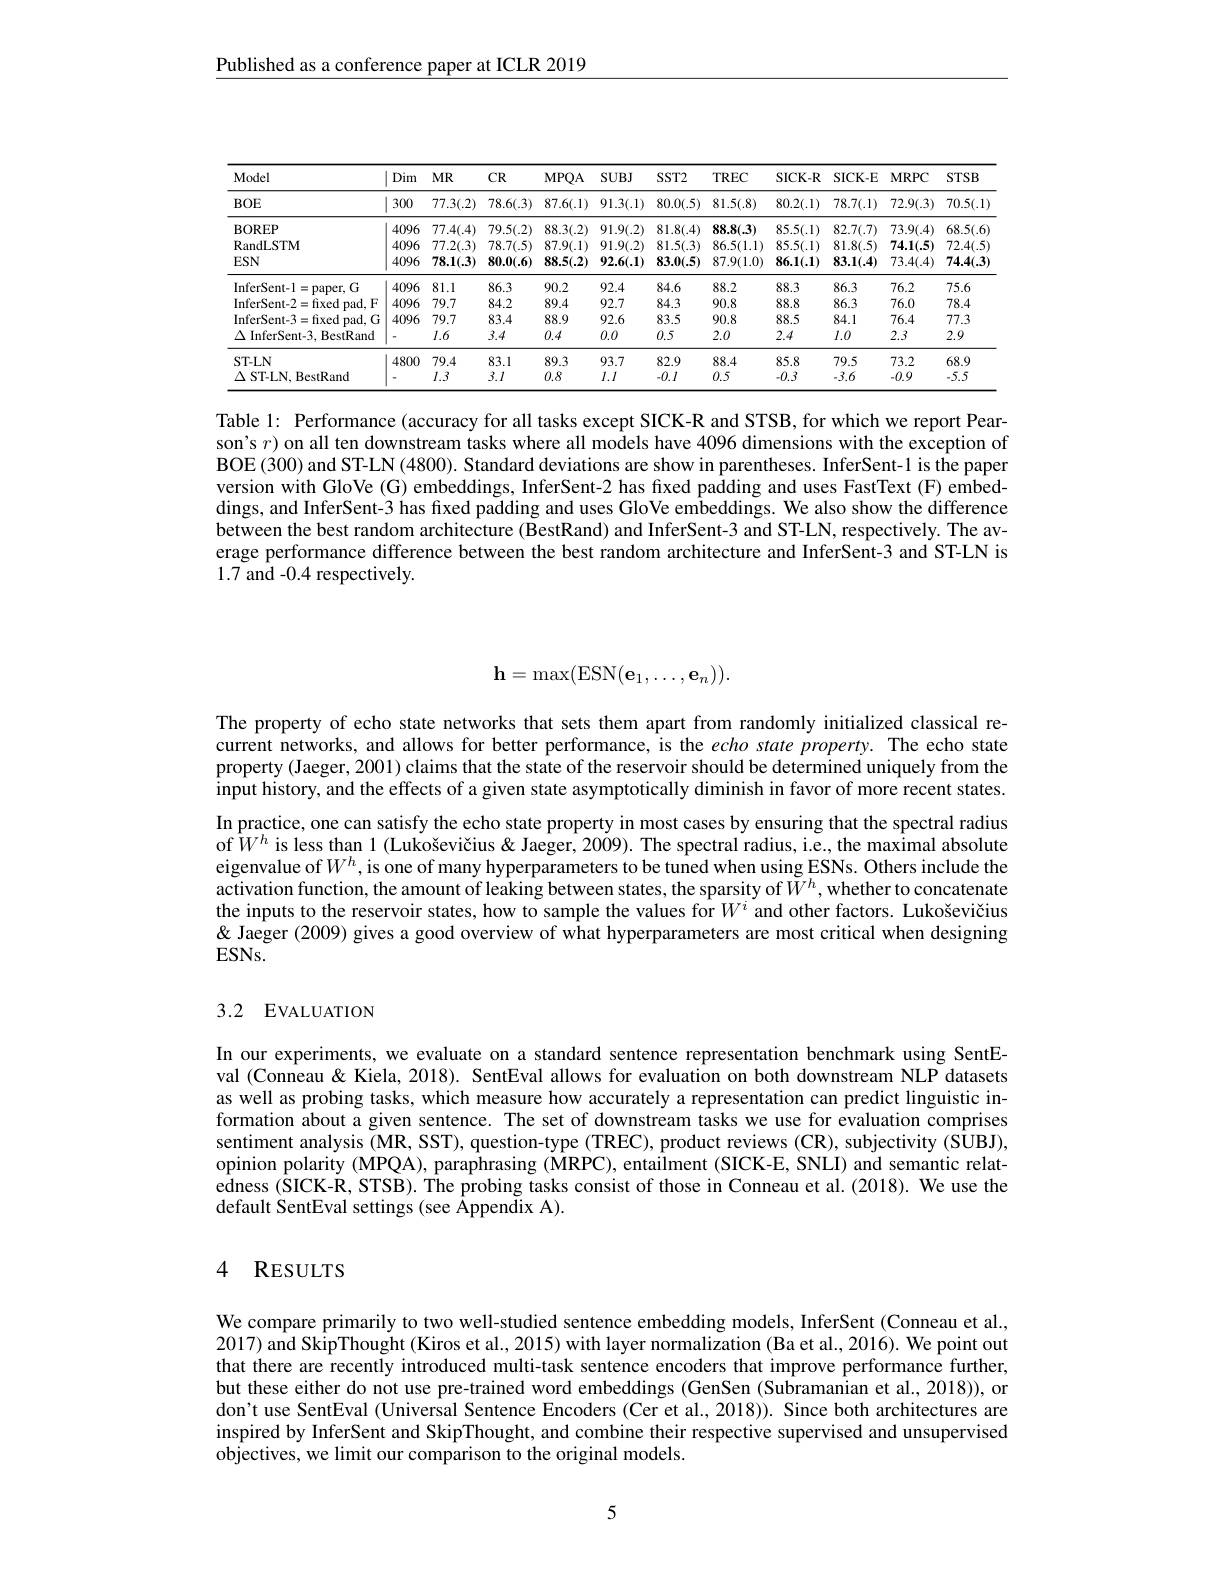
Published as a conference paper at ICLR 2019

<table>
	<tbody>
		<tr>
			<th>Model</th>
			<th>Dim</th>
			<th>$MR$</th>
			<th>$CR$</th>
			<th>$MPQA$</th>
			<th>$SUBJ$</th>
			<th>$SST2$</th>
			<th>$TREC$</th>
			<th>SICK- R</th>
			<th>SICK-E</th>
			<th>MRPC</th>
			<th>$STSB$</th>
		</tr>
		<tr>
			<td>$BOE$</td>
			<td>300</td>
			<td>77.3(.2)</td>
			<td>78.6(.3)</td>
			<td>87.6(.1)</td>
			<td>91.3(.1)</td>
			<td>80.0(.5)</td>
			<td>81.5(.8)</td>
			<td>80.2(.1)</td>
			<td>78.7(.1)</td>
			<td>72.9(.3)</td>
			<td>70.5(.1</td>
		</tr>
		<tr>
			<td>BOREP</td>
			<td>4096</td>
			<td>77.4(.4)</td>
			<td>79.5(.2)</td>
			<td>88.3(.2) 1</td>
			<td>91.9(.2)</td>
			<td>81.8(.4)</td>
			<td>88.8(3)</td>
			<td>85.5(.1)</td>
			<td>82.7(.7)</td>
			<td>73.9(.4)</td>
			<td>68.5(.6)</td>
		</tr>
		<tr>
			<td>RandLSTM</td>
			<td>4096</td>
			<td>77.2(.3)</td>
			<td>78.7(.5)</td>
			<td>87.9(.1) </td>
			<td>91.9(.2)</td>
			<td>81.5(.3)</td>
			<td>86.5(1.1)</td>
			<td>85.5(.1)</td>
			<td>81.8(.5)</td>
			<td>74.1(.5)</td>
			<td>72.4(.5</td>
		</tr>
		<tr>
			<td>$ESN$</td>
			<td>4096</td>
			<td>78.1(.3)</td>
			<td>80.0(.6)</td>
			<td>88.5(.2)</td>
			<td>92.6(.1)</td>
			<td>83.0(.5)</td>
			<td>87.9(1.0)</td>
			<td>86.1(.1)</td>
			<td>83.1(.4)</td>
			<td>73.4(.4)</td>
			<td>74.4(3</td>
		</tr>
		<tr>
			<td>InferSent-l=paper, G</td>
			<td>4096</td>
			<td>81.1</td>
			<td>86.3</td>
			<td>90.2</td>
			<td>92.4</td>
			<td>84.6</td>
			<td>88.2</td>
			<td>88.3</td>
			<td>86.3</td>
			<td>76.2</td>
			<td>75.6</td>
		</tr>
		<tr>
			<td>InferSent-2=fixedpad,F</td>
			<td>4096</td>
			<td>79.7</td>
			<td>84.2</td>
			<td>89.4</td>
			<td>92.7</td>
			<td>84.3</td>
			<td>90.8</td>
			<td>88.8</td>
			<td>86.3</td>
			<td>76.0</td>
			<td>78.4</td>
		</tr>
		<tr>
			<td>InferSent-3=fixed pad, G</td>
			<td>4096</td>
			<td>79.7</td>
			<td>83.4</td>
			<td>88.9</td>
			<td>92.6</td>
			<td>83.5</td>
			<td>90.8</td>
			<td>88.5</td>
			<td>84.1</td>
			<td>76.4</td>
			<td>77.3</td>
		</tr>
		<tr>
			<td>$\Delta$ InferSent-3, BestRand</td>
			<td> </td>
			<td>$l.6$</td>
			<td>3.4</td>
			<td>0.4</td>
			<td>0.0</td>
			<td>0.5</td>
			<td>2.0</td>
			<td>2.4</td>
			<td>$l.0$</td>
			<td>2.3</td>
			<td>2.9</td>
		</tr>
		<tr>
			<td>ST-LN</td>
			<td>4800</td>
			<td>79.4</td>
			<td>83.1</td>
			<td>89.3</td>
			<td>93.7</td>
			<td>82.9</td>
			<td>88.4</td>
			<td>85.8</td>
			<td>79.5</td>
			<td>73.2</td>
			<td>68.9</td>
		</tr>
		<tr>
			<td>$\Delta$ ST-LN, BestRand</td>
			<td> </td>
			<td>$l.3$</td>
			<td>3.1</td>
			<td>0.8</td>
			<td>$l.I$</td>
			<td>-0.1</td>
			<td>0.5</td>
			<td>-0.3</td>
			<td>-3.6</td>
			<td>-0.9</td>
			<td>-5.5</td>
		</tr>
	</tbody>
</table>

Table l: Performance (accuracy for all tasks except SICK-R and STSB, for which we report Pearson's $r)$ on all ten downstream tasks where all models have 4096 dimensions with the exception of BOE (300) and ST-LN (4800). Standard deviations are show in parentheses. InferSent-1 is the paper version with GloVe (G) embeddings, InferSent-2 has fixed padding and uses FastText (F) embeddings, and InferSent-3 has fixed padding and uses GloVe embeddings. We also show the difference between the best random architecture (BestRand) and InferSent-3 and ST-LN, respectively. The average performance difference between the best random architecture and InferSent-3 and ST-LN is 1.7 and -0.4 respectively.
$$\mathbf{h}=\max(\mathrm{ESN}(\mathbf{e}_{1},\ldots,\mathbf{e}_{n})).$$
The property of echo state networks that sets them apart from randomly initialized classical recurrent networks, and allows for better performance, is the echo state property. The echo state property (Jaeger, 2001) claims that the state of the reservoir should be determined uniquely from the input history, and the effects of a given state asymptotically diminish in favor of more recent states. In practice, one can satisfy the echo state property in most cases by ensuring that the spectral radius of$\hat{W}^h$ is less than 1 (Lukoševičius & Jaeger, 2009). The spectral radius, i.e, the maximal absolute eigenvalue of$W^h$, is one of many hyperparameters to be tuned when using ESNs. Others include the activation function, the amount of leaking between states, the sparsity of $\tilde{W}^h$, whether to concatenate the inputs to the reservoir states, how to sample the values for $W^i$ and other factors. Lukoševičius & 'aeger (2009) gives a good overview of what hyperparameters are most critical when designing $ESNs.$

## 3.2 EVALUATION

In our experiments, we evaluate on a standard sentence representation benchmark using SentEval (Conneau & Kiela, 2018). SentEval allows for evaluation on both downstream NLP datasets as well as probing tasks, which measure how accurately a representation can predict linguistic information about a given sentence. The set of downstream tasks we use for evaluation comprises sentiment analysis (MR, SST), question-type (TREC), product reviews (CR), subjectivity (SUBJ), opinion polarity (MPQA), paraphrasing (MRPC), entailment (SICK-E, SNLI) and semantic relatedness (SICK-R, STSB). The probing tasks consist of those in Conneau et al. (2018). We use the default SentEval settings (see Appendix A).

### 4 RESULTS

We compare primarily to two well-studied sentence embedding models, InferSent (Conneau et al., 2017) and SkipThought (Kiros et al., 2015) with layer normalization (Ba et al., 2016). We point out that there are recently introduced multi-task sentence encoders that improve performance further, but these either do not use pre-trained word embeddings (GenSen (Subramanian et al., 2018)), or don't use SentEval (Universal Sentence Encoders (Cer et al., 2018)). Since both architectures are inspired by InferSent and SkipThought, and combine their respective supervised and unsupervised objectives, we limit our comparison to the original models.

5